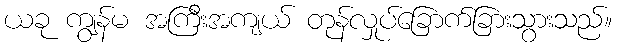
ယခု ကျွန်မ အကြီးအကျယ် တုန်လှုပ်ခြောက်ခြားသွားသည်။